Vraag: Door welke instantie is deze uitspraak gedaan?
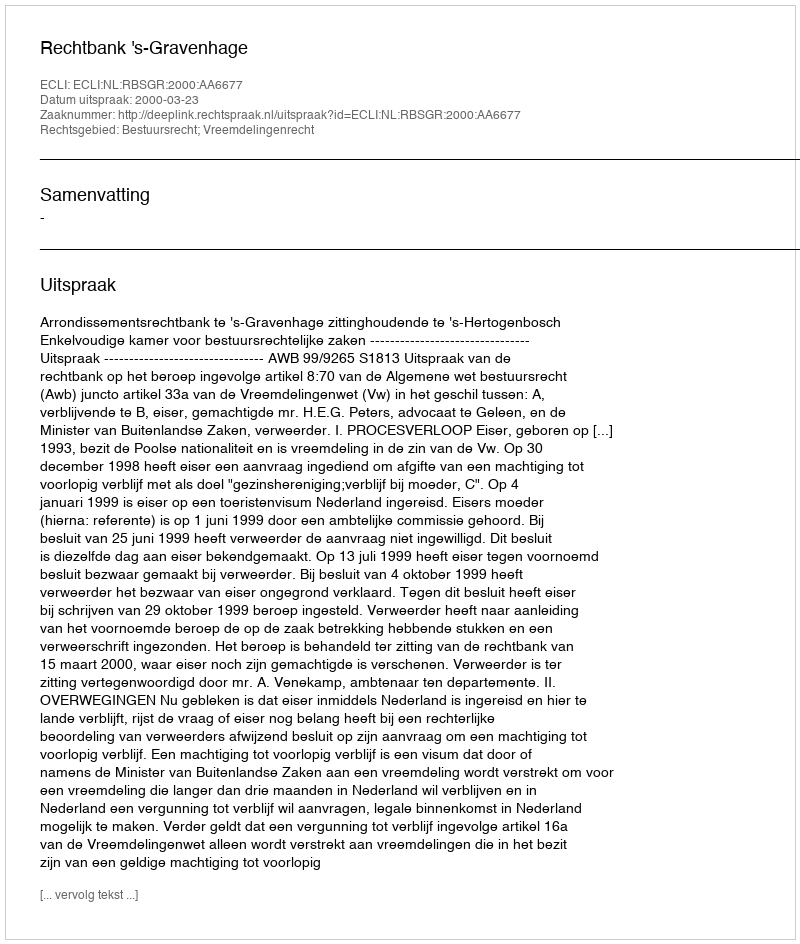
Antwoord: Rechtbank 's-Gravenhage